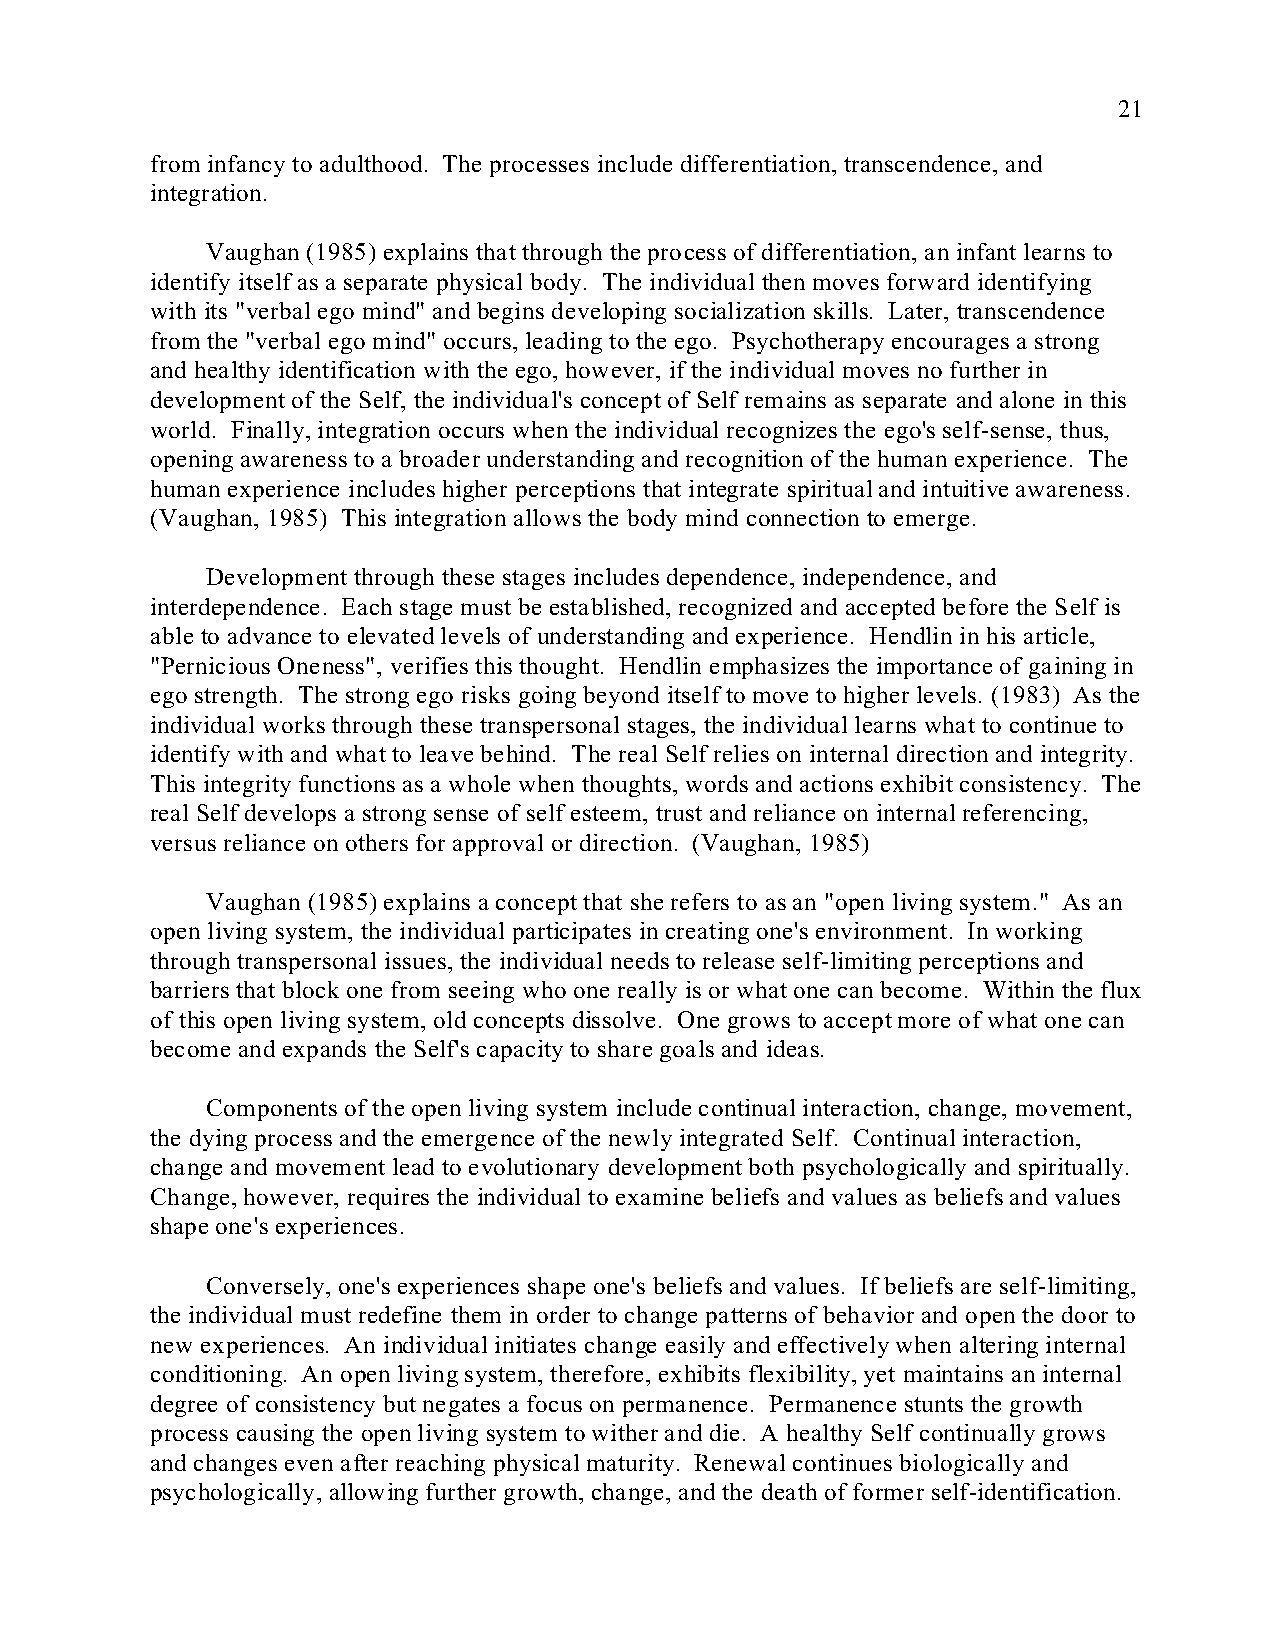
21
 from infancy to adulthood. The processes include differentiation, transcendence, and
 integration.
 Vaughan (1985) explains that through the process of differentiation, an infant learns to
 identify itself as a separate physical body. The individual then moves forward identifying
 with its "verbal ego mind" and begins developing socialization skills. Later, transcendence
 from the "verbal ego mind" occurs, leading to the ego. Psychotherapy encourages a strong
 and healthy identification with the ego, however, if the individual moves no further in
 development of the Self, the individual's concept of Self remains as separate and alone in this
 world. Finally, integration occurs when the individual recognizes the ego's self-sense, thus,
 opening awareness to a broader understanding and recognition of the human experience. The
 human experience includes higher perceptions that integrate spiritual and intuitive awareness.
 (Vaughan, 1985) This integration allows the body mind connection to emerge.
 Development through these stages includes dependence, independence, and
 interdependence. Each stage must be established, recognized and accepted before the Self is
 able to advance to elevated levels of understanding and experience. Hendlin in his article,
 "Pernicious Oneness", verifies this thought. Hendlin emphasizes the importance of gaining in
 ego strength. The strong ego risks going beyond itself to move to higher levels. (1983) As the
 individual works through these transpersonal stages, the individual learns what to continue to
 identify with and what to leave behind. The real Self relies on internal direction and integrity.
 This integrity functions as a whole when thoughts, words and actions exhibit consistency. The
 real Self develops a strong sense of self esteem, trust and reliance on internal referencing,
 versus reliance on others for approval or direction. (Vaughan, 1985)
 Vaughan (1985) explains a concept that she refers to as an "open living system." As an
 open living system, the individual participates in creating one's environment. In working
 through transpersonal issues, the individual needs to release self-limiting perceptions and
 barriers that block one from seeing who one really is or what one can become. Within the flux
 of this open living system, old concepts dissolve. One grows to accept more of what one can
 become and expands the Self's capacity to share goals and ideas.
 Components of the open living system include continual interaction, change, movement,
 the dying process and the emergence of the newly integrated Self. Continual interaction,
 change and movement lead to evolutionary development both psychologically and spiritually.
 Change, however, requires the individual to examine beliefs and values as beliefs and values
 shape one's experiences.
 Conversely, one's experiences shape one's beliefs and values. If beliefs are self-limiting,
 the individual must redefine them in order to change patterns of behavior and open the door to
 new experiences. An individual initiates change easily and effectively when altering internal
 conditioning. An open living system, therefore, exhibits flexibility, yet maintains an internal
 degree of consistency but negates a focus on permanence. Permanence stunts the growth
 process causing the open living system to wither and die. A healthy Self continually grows
 and changes even after reaching physical maturity. Renewal continues biologically and
 psychologically, allowing further growth, change, and the death of former self-identification.